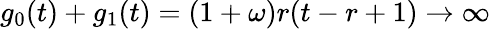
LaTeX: g_{0}(t)+g_{1}(t)=(1+\omega)r(t-r+1)\rightarrow\infty